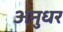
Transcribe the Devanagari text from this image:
अनुधर